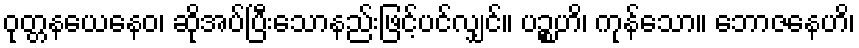
ဝုတ္တနယေနေဝ၊ ဆိုအပ်ပြီးသောနည်းဖြင့်ပင်လျှင်။ ပဉ္စဟိ၊ ကုန်သော။ ဘောဇနေဟိ၊